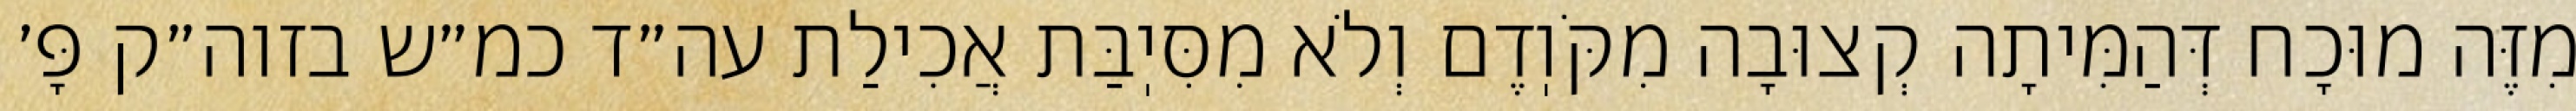
מִזֶּה מוּכָח דְּהַמִּיתָה קְצוּבָה מִקֹּוֽדֶם וְלֹא מִסִּיֽבַּת אֲכִילַת עה״ד כמ״ש בזוה״ק פָּ׳